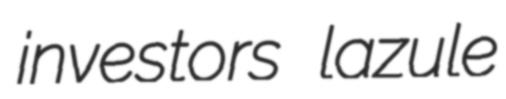
investors lazule